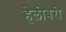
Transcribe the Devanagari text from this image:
हेलीबैरी